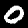
Digit: 0